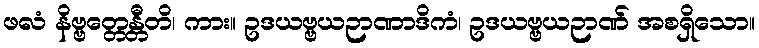
ဖလံ နိဗ္ဗတ္တေန္တီတိ၊ ကား။ ဥဒယဗ္ဗယဉာဏာဒိကံ၊ ဥဒယဗ္ဗယဉာဏ် အစရှိသော။